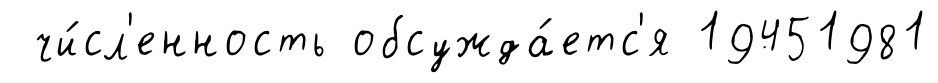
чи́сл'енность обсужда́етс'я 19451981